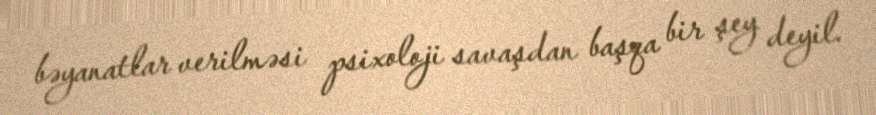
bəyanatlar verilməsi psixoloji savaşdan başqa bir şey deyil.